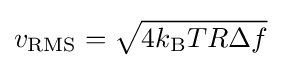
v_{\rm {RMS}}={\sqrt {4k_{\rm {B}}TR\Delta f}}